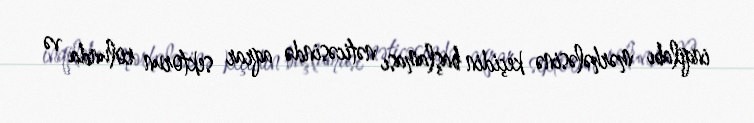
inqilabı mərhələsinə keçidin başlaması nəticəsində aqrar sektorun rolunda və